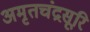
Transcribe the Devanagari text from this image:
अमृतचंद्रसूरि